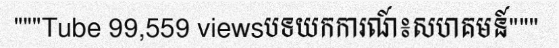
"""Tube 99,559 viewsបទយកការណ៍៖សហគមន៍"""